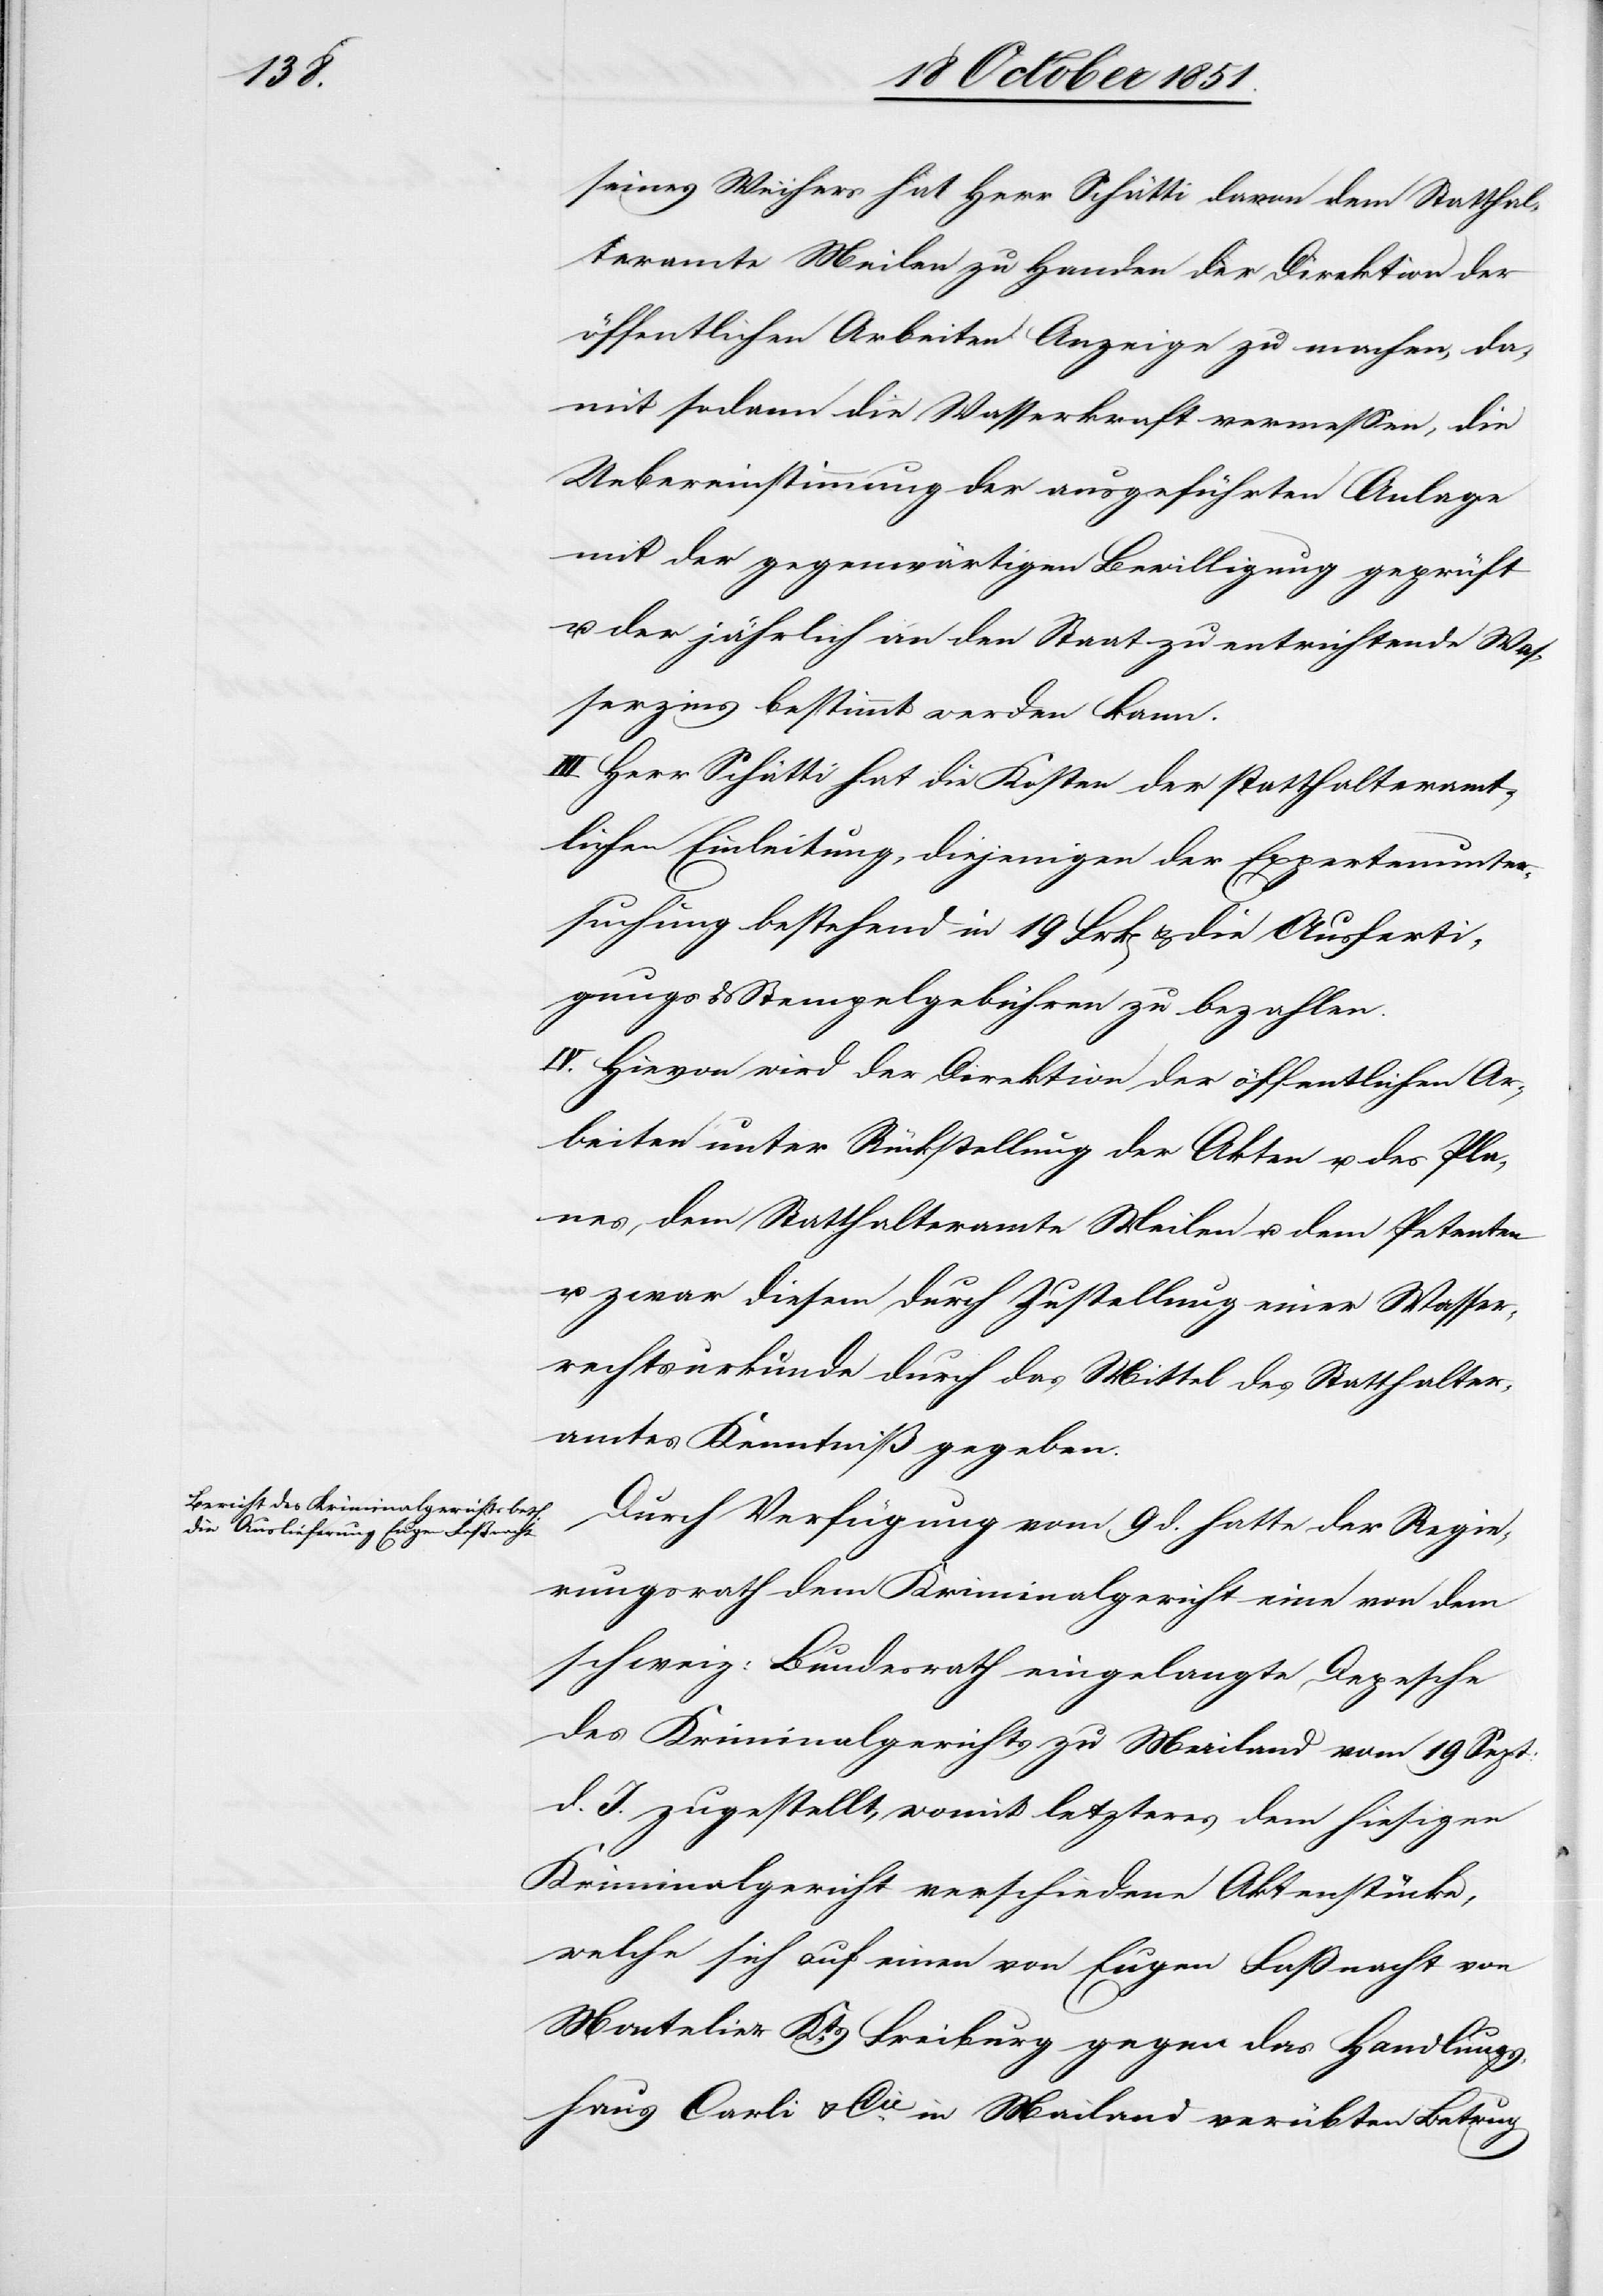
seines Weihers hat Herr Schätti davon dem Statthal¬
teramte Meilen zu Handen der Direktion der
öffentlichen Arbeiten Anzeige zu machen, da¬
mit sodann die Wasserkraft vermessen, die
Uebereinstimmung der ausgeführten Anlage
mit der gegenwärtigen Bewilligung geprüft
u. der jährlich an den Staat zu entrichtende Was¬
serzins bestimmt werden kann.
III. Herr Schätti hat die Kosten der statthalteramt¬
lichen Einleitung, diejenigen der Expertenunter¬
suchung bestehend in 19 Frk[en] & die Ausferti¬
gungs[-] & Stempelgebühren zu bezahlen.
IV. Hievon wird der Direktion der öffentlichen Ar¬
beiten unter Rückstellung der Akten u. des Pla¬
nes, dem Statthalteramte Meilen u. dem Petenten
u. zwar diesem durch Zustellung einer Wasser¬
rechtsurkunde durch das Mittel des Statthalter¬
amtes Kenntniß gegeben.
Durch Verfügung vom 9 d. hatte der Regie¬
rungsrath dem Kriminalgericht eine von dem
schweiz: Bundesrath eingelangte Depesche
des Kriminalgerichts zu Mailand vom 19 Sept:
d. J. zugestellt, womit letzteres dem hiesigen
Kriminalgericht verschiedene Aktenstücke,
welche sich auf einen von Eugen Faßnacht von
Montelier Kts. Freiburg gegen das Handlungs¬
haus Carli & Cie. in Mailand verübten Betrug